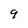
Character: 9